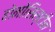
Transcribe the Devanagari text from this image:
होमोसिस्टीन